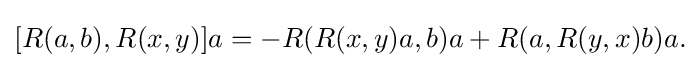
\displaystyle {[R(a,b),R(x,y)]a=-R(R(x,y)a,b)a+R(a,R(y,x)b)a.}